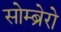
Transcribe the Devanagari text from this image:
सोम्ब्रेरो